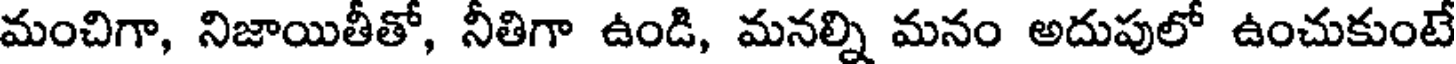
మంచిగా, నిజాయితీతో, నీతిగా ఉండి, మనల్ని మనం అదుపులో ఉంచుకుంటే